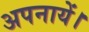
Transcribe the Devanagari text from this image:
अपनायें।